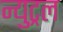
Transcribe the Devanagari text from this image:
न्युट्रल